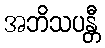
အဘိသပန္တီ